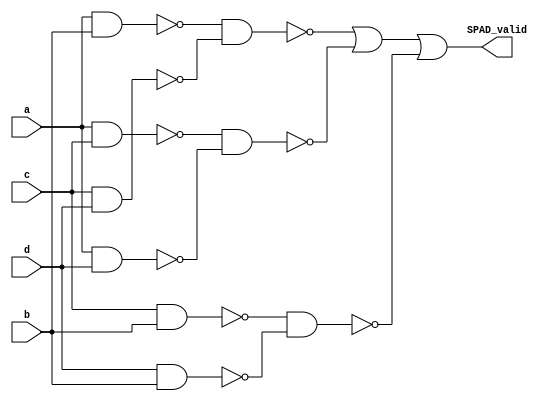
`timescale 1ns/1ps
module coincidence_detector(a,b,c,d,SPAD_valid);
input a,b,c,d;
output SPAD_valid;
wire [8:0] w;

nand(w[0],a,b);
nand(w[1],c,d);
nand(w[2],a,c);
nand(w[3],a,d);
nand(w[4],c,b);
nand(w[5],d,b);
nand(w[6],w[0],w[1]);
nand(w[7],w[2],w[3]);
nand(w[8],w[4],w[5]);
or(SPAD_valid,w[6],w[7],w[8]);

endmodule